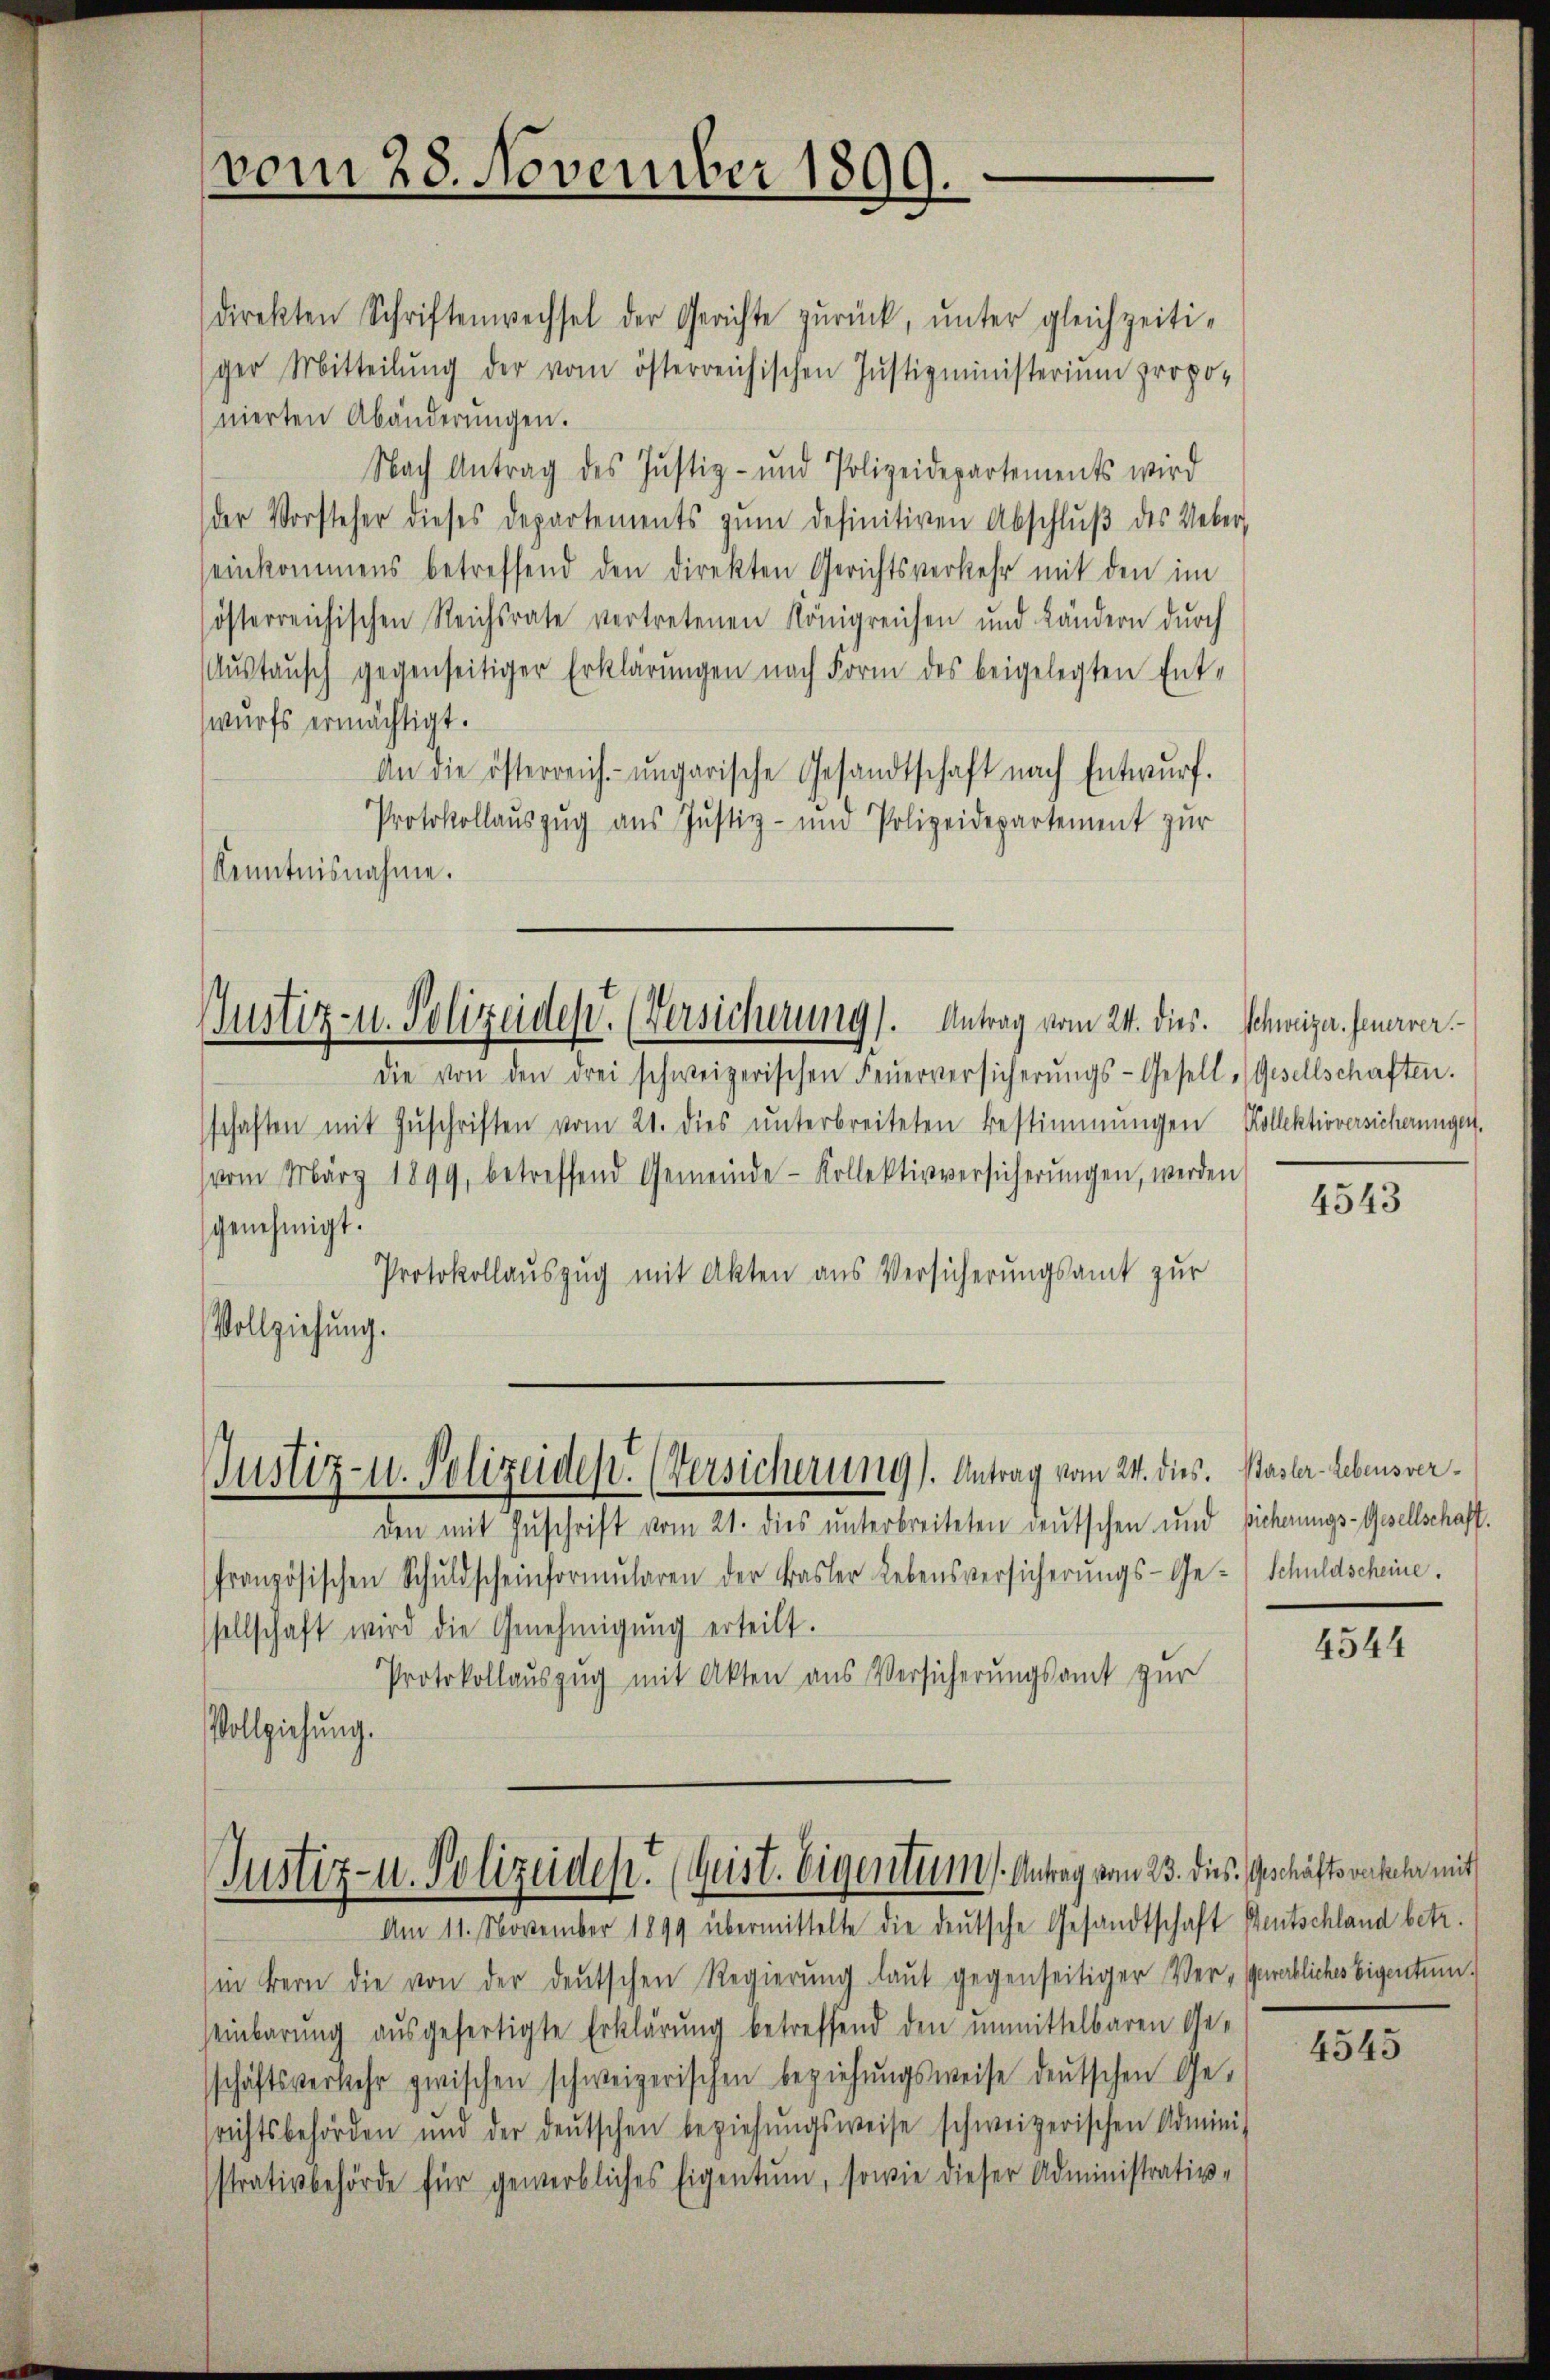
vom 28. November 1899.

Justiz- u. Polizeiden. (Versicherung). Antrag vom 24. dies. Schweiza. Feuerrer

direkten Schriftenwechsel der Gerichte zŭrück, ŭnter gleichzeiti-
ger Mitteilŭng der vom österreichischen Justizministerium propo-
nierten Abänderŭngen.
Nach Antrag des Justiz- und Polizeidepartements wird
der Vorsteher dieses Departements zŭm definitiven Abschlŭβ des Ueber,
einkommens betreffend den direkten Gerichtsverkehr mit den im
österreichischen Reichsrate vertretenen Königreichen und Ländern durch
Aŭstaŭsch gegenseitiger Erklärŭngen nach Form des beigelegten Ent-
wurfs ermächtigt.
An die österreich-ungarische Gesandtschaft nach Entwŭrf.
Protokollaŭszŭg ans Justiz- und Polizeidepartement zŭr
Kenntnisnahme.

die von den drei schweizerischen Feŭerversicherŭngs-Gesell (Gesellschaften.
schaften mit Zŭschriften vom 21. dies ŭnterbreiteten Bestimmungen Kollektioversicherungen,
(vom März 1899, betreffend Gemeinde- Kollektivversicherŭngen, werden
genehmigt.
Protokollauszug mit Akten aus Versicherungsamt zur
Vollziehung.
Justiz- u. Polizeiden. (Versicherung). Antrag vom 24. dies. Basler Lebensverden mit Zuschrift vom 21. dies unterbreiteten deutschen und sicherungs-Gesellschaft.
französischen Schuldscheinformŭlaren der Basler Lebensversicherŭngs-Ge-Schuldscheine.
sellschaft wird die Genehmigŭng erteilt.
Protokollauszug mit Akten aus Versicherungsamt zur
Vollziehung.

Justiz- u. Polizeiden. (Geist. Eigentums Antrag vom 23. dies Geschäftsverteln mit

Am 11. November 1899 übermittelte die deutsche Gesandtschaft Bentschland betr.
(in Bern die von der deutschen Regierŭng laut gegenseitiger Ver-Gewerbliches Eigentum
einbarung ausgefertigte Erklärung betreffend den unmittelbaren Ge-
schäftsverkehr zwischen schweizerischen beziehŭngsweise deutschen Ge-
richtsbehörden und der deŭtschen beziehŭngsweise schweizerischen Adminis
sstrativbehörde für gewerbliches Eigentum, sowie dieser Administrativ-

4543

4544

4545